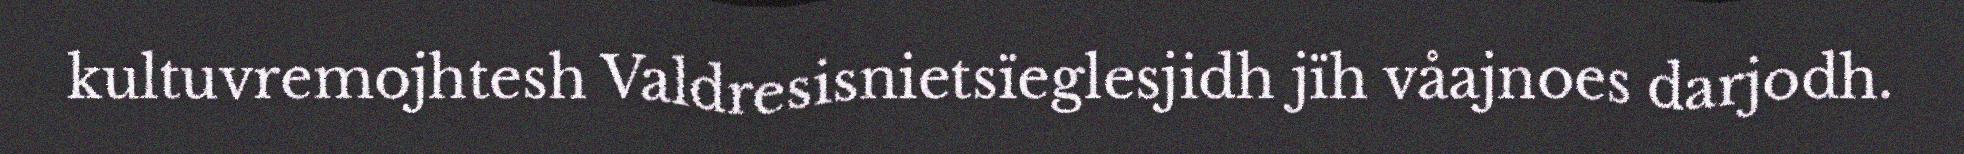
kultuvremojhtesh Valdresisnietsïeglesjidh jïh våajnoes darjodh.